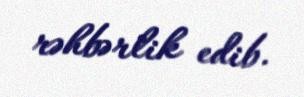
rəhbərlik edib.